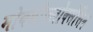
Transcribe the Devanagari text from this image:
मोक्सीफ्लोक्सेसिन